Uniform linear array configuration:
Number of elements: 12
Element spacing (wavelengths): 0.25
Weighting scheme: blackman
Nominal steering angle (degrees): -30
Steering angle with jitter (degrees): -29.746
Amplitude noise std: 0.05
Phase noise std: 0.05

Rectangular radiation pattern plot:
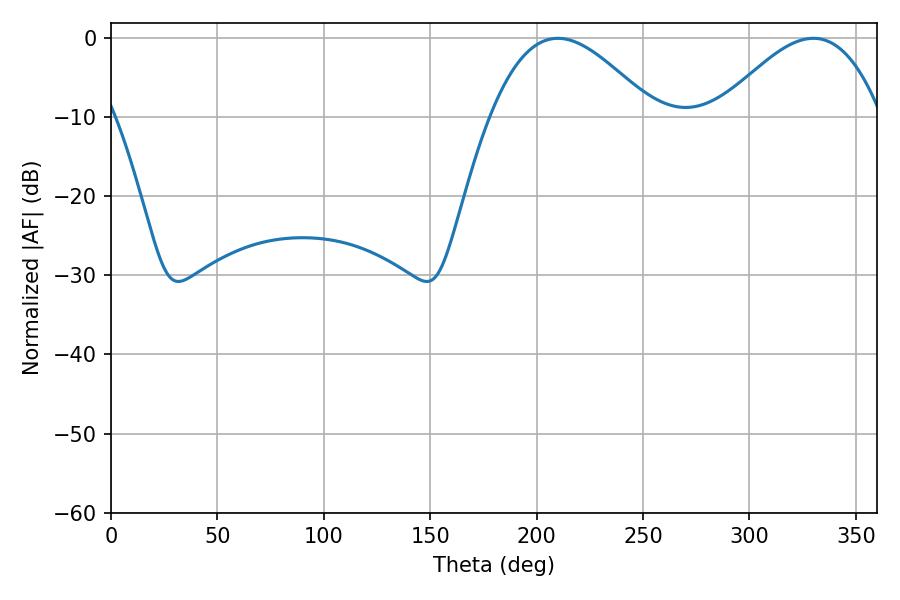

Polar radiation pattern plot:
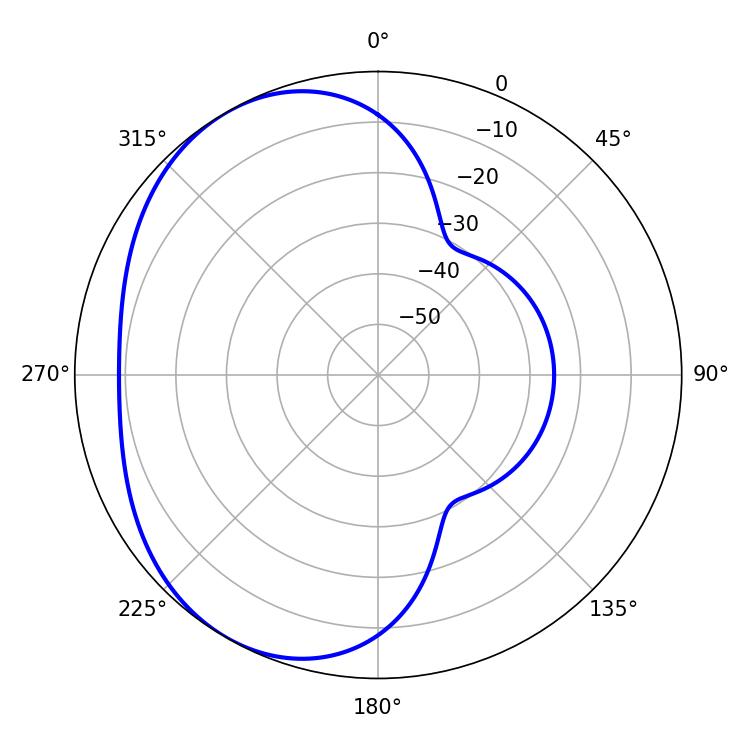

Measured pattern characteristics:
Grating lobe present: FALSE
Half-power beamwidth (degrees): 41.4
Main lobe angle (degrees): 209.88